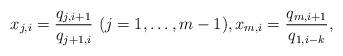
LaTeX: \begin{align*} x_{j,i} = \frac{q_{j,i+1}}{q_{j+1,i}} ~(j=1,\ldots,m-1), x_{m,i} = \frac{q_{m,i+1}}{q_{1,i-k}},\end{align*}